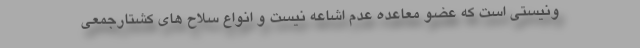
ونیستی است که عضو معاعده عدم اشاعه نیست و انواع سلاح های کشتارجمعی